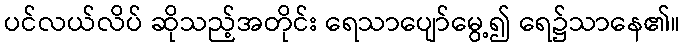
ပင်လယ်လိပ် ဆိုသည့်အတိုင်း ရေသာပျော်မွေ့၍ ရေ၌သာနေ၏။